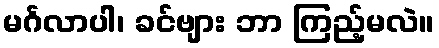
မင်္ဂလာပါ၊ ခင်ဗျား ဘာ ကြည့်မလဲ။